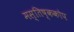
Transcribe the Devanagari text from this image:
मस्तिष्ककोप